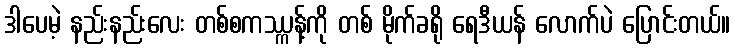
ဒါပေမဲ့ နည်းနည်းလေး တစ်စကဿ္ကန့်ကို တစ် မိုက်ခရို ရေဒီယန် လောက်ပဲ ပြောင်းတယ်။